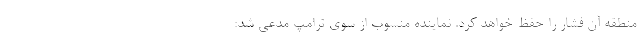
منطقه آن فشار را حفظ خواهد کرد. نماینده منسوب از سوی ترامپ مدعی شد: